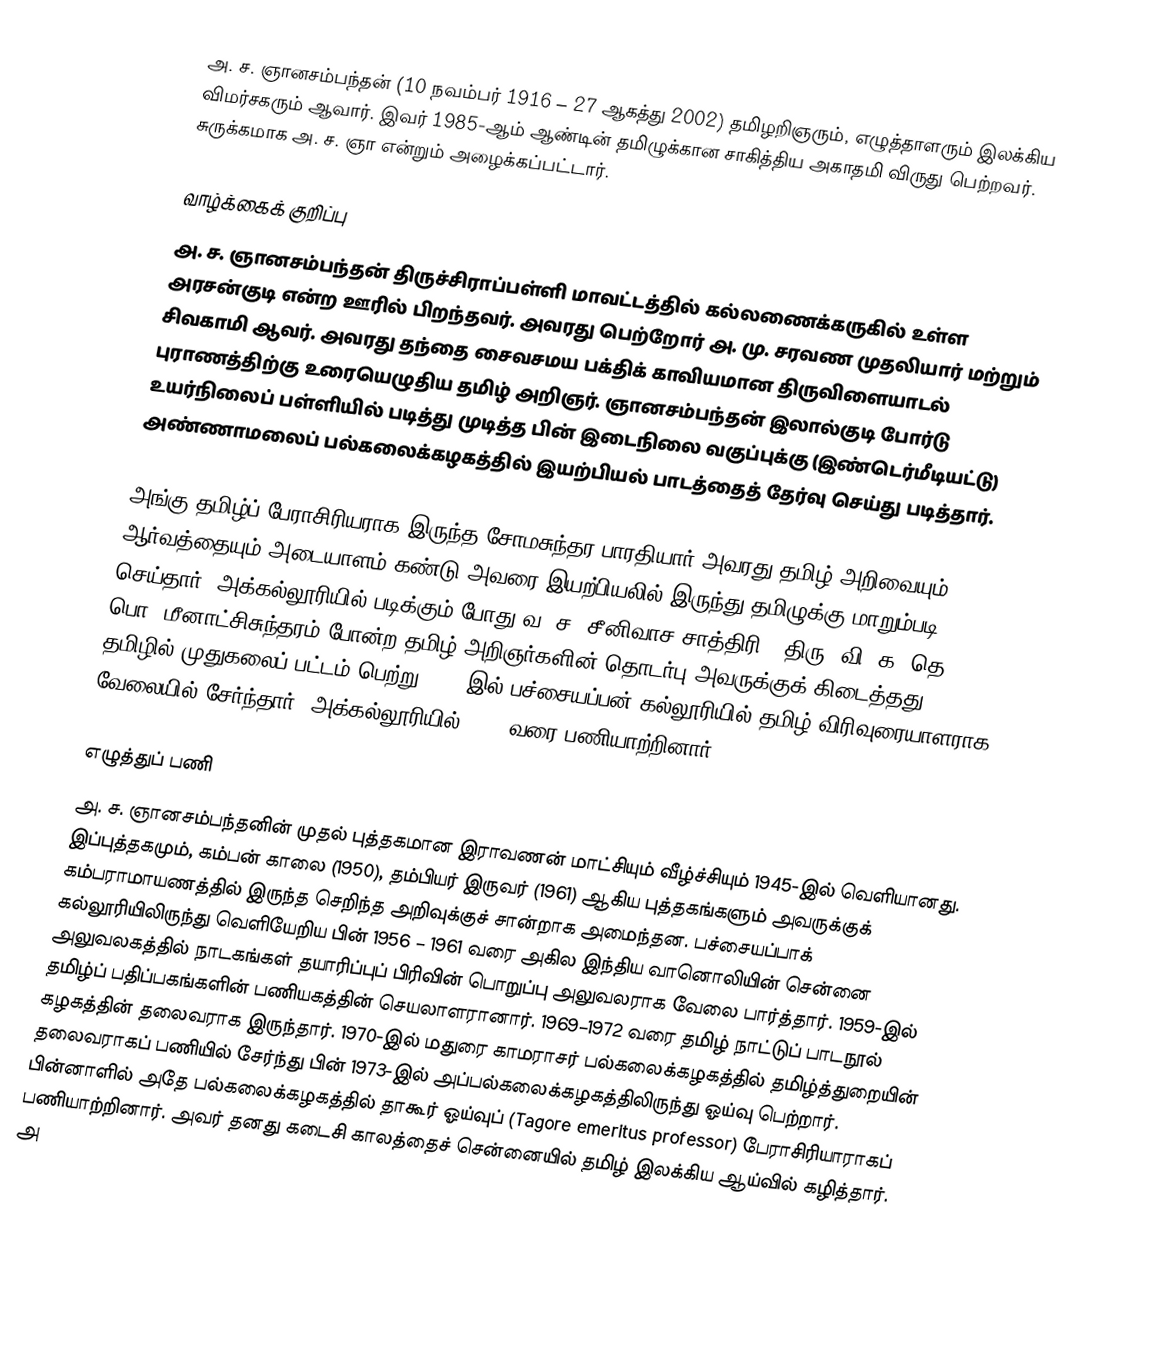
அ. ச. ஞானசம்பந்தன் (10 நவம்பர் 1916 – 27 ஆகத்து 2002) தமிழறிஞரும், எழுத்தாளரும் இலக்கிய விமர்சகரும் ஆவார். இவர் 1985-ஆம் ஆண்டின் தமிழுக்கான சாகித்திய அகாதமி விருது பெற்றவர். சுருக்கமாக அ. ச. ஞா என்றும் அழைக்கப்பட்டார்.

வாழ்க்கைக் குறிப்பு
அ. ச. ஞானசம்பந்தன் திருச்சிராப்பள்ளி மாவட்டத்தில் கல்லணைக்கருகில் உள்ள அரசன்குடி என்ற ஊரில் பிறந்தவர். அவரது பெற்றோர் அ. மு. சரவண முதலியார் மற்றும் சிவகாமி ஆவர். அவரது தந்தை சைவசமய பக்திக் காவியமான திருவிளையாடல் புராணத்திற்கு உரையெழுதிய தமிழ் அறிஞர். ஞானசம்பந்தன் இலால்குடி போர்டு உயர்நிலைப் பள்ளியில் படித்து முடித்த  பின் இடைநிலை வகுப்புக்கு (இண்டெர்மீடியட்டு) அண்ணாமலைப் பல்கலைக்கழகத்தில் இயற்பியல் பாடத்தைத் தேர்வு செய்து படித்தார்.

அங்கு தமிழ்ப் பேராசிரியராக இருந்த சோமசுந்தர பாரதியார் அவரது தமிழ் அறிவையும் ஆர்வத்தையும் அடையாளம் கண்டு அவரை இயற்பியலில் இருந்து தமிழுக்கு மாறும்படி செய்தார். அக்கல்லூரியில் படிக்கும் போது வ. ச. சீனிவாச சாத்திரி , திரு. வி. க, தெ. பொ. மீனாட்சிசுந்தரம் போன்ற தமிழ் அறிஞர்களின் தொடர்பு அவருக்குக் கிடைத்தது. தமிழில் முதுகலைப் பட்டம் பெற்று 1942-இல் பச்சையப்பன் கல்லூரியில் தமிழ் விரிவுரையாளராக வேலையில் சேர்ந்தார். அக்கல்லூரியில் 1956 வரை பணியாற்றினார்.

எழுத்துப் பணி
அ. ச. ஞானசம்பந்தனின் முதல் புத்தகமான இராவணன் மாட்சியும் வீழ்ச்சியும் 1945-இல் வெளியானது. இப்புத்தகமும், கம்பன் காலை (1950), தம்பியர் இருவர் (1961) ஆகிய புத்தகங்களும் அவருக்குக் கம்பராமாயணத்தில் இருந்த செறிந்த அறிவுக்குச் சான்றாக அமைந்தன. பச்சையப்பாக் கல்லூரியிலிருந்து வெளியேறிய பின் 1956 – 1961 வரை அகில இந்திய வானொலியின் சென்னை அலுவலகத்தில் நாடகங்கள் தயாரிப்புப் பிரிவின் பொறுப்பு அலுவலராக வேலை பார்த்தார். 1959-இல் தமிழ்ப் பதிப்பகங்களின்  பணியகத்தின் செயலாளரானார். 1969–1972 வரை தமிழ் நாட்டுப் பாடநூல் கழகத்தின் தலைவராக இருந்தார். 1970-இல் மதுரை காமராசர் பல்கலைக்கழகத்தில் தமிழ்த்துறையின் தலைவராகப் பணியில் சேர்ந்து பின் 1973-இல் அப்பல்கலைக்கழகத்திலிருந்து ஓய்வு பெற்றார். பின்னாளில் அதே பல்கலைக்கழகத்தில் தாகூர் ஓய்வுப் (Tagore emeritus professor) பேராசிரியாராகப் பணியாற்றினார். அவர் தனது கடைசி காலத்தைச் சென்னையில் தமிழ் இலக்கிய ஆய்வில் கழித்தார். அ